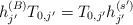
\begin{align*}h_{j'}^{(B)} T_{0,j'} =T_{0,j'}h_{j'}^{(s')}\end{align*}